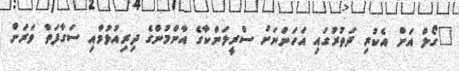
"ގޯލް އަށް އެކުރި ދަތުރުގައި އަހަންނަށް ސްރީލަންކާގެ އާންމުންގެ ދިރިއުޅުމާއި ސަގާފަތް ވަރަށް